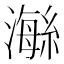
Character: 𤀇